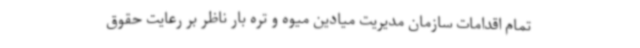
تمام اقدامات سازمان مدیریت میادین میوه و تره بار ناظر بر رعایت حقوق